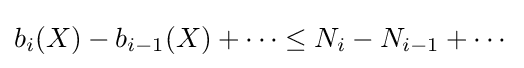
b_{i}(X)-b_{i-1}(X)+\cdots \leq N_{i}-N_{i-1}+\cdots